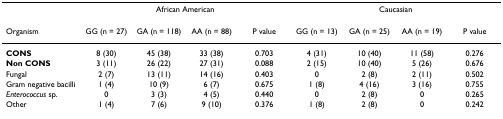
<table><thead><tr><td></td><td colspan="4"><b>African American</b></td><td colspan="4"><b>Caucasian</b></td></tr></thead><tbody><tr><td>Organism</td><td>GG (n = 27)</td><td>GA (n = 118)</td><td>AA (n = 88)</td><td>P value</td><td>GG (n = 13)</td><td>GA (n = 25)</td><td>AA (n = 19)</td><td>P value</td></tr><tr><td><b>CONS</b></td><td>8 (30)</td><td>45 (38)</td><td>33 (38)</td><td>0.703</td><td>4 (31)</td><td>10 (40)</td><td>11 (58)</td><td>0.276</td></tr><tr><td><b>Non CONS</b></td><td>3 (11)</td><td>26 (22)</td><td>27 (31)</td><td>0.088</td><td>2 (15)</td><td>10 (40)</td><td>5 (26)</td><td>0.676</td></tr><tr><td>Fungal</td><td>2 (7)</td><td>13 (11)</td><td>14 (16)</td><td>0.403</td><td>0</td><td>2 (8)</td><td>2 (11)</td><td>0.502</td></tr><tr><td>Gram negative bacilli</td><td>1 (4)</td><td>10 (9)</td><td>6 (7)</td><td>0.675</td><td>1 (8)</td><td>4 (16)</td><td>3 (16)</td><td>0.755</td></tr><tr><td><i>Enterococcus </i>sp.</td><td>0</td><td>3 (3)</td><td>4 (5)</td><td>0.440</td><td>0</td><td>2 (8)</td><td>0</td><td>0.265</td></tr><tr><td>Other</td><td>1 (4)</td><td>7 (6)</td><td>9 (10)</td><td>0.376</td><td>1 (8)</td><td>2 (8)</td><td>0</td><td>0.242</td></tr></tbody></table>